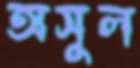
অসুল